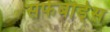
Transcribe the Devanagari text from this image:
सर्फबोर्ड्स